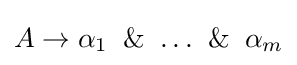
A\to \alpha _{1}\And \ldots \And \alpha _{m}